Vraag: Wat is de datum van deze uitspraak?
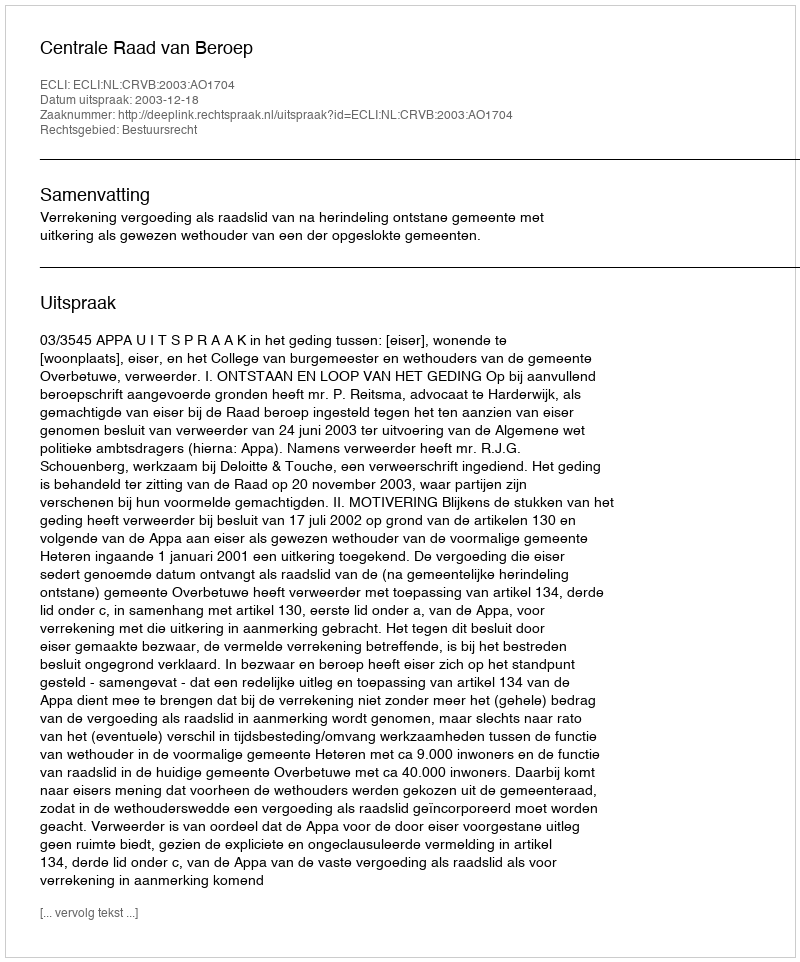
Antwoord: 2003-12-18